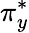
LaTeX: \pi_{y}^{*}